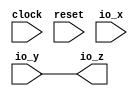

// Generated by Cadence Genus(TM) Synthesis Solution 18.13-s027_1
// Generated on: Apr 20 2022 15:11:25 PDT (Apr 20 2022 22:11:25 UTC)

// Verification Directory fv/Functionality 

module Functionality(clock, reset, io_x, io_y, io_z);
  input clock, reset;
  input [15:0] io_x, io_y;
  output [15:0] io_z;
  wire clock, reset;
  wire [15:0] io_x, io_y;
  wire [15:0] io_z;
  assign io_z[0] = io_y[0];
  assign io_z[1] = io_y[1];
  assign io_z[2] = io_y[2];
  assign io_z[3] = io_y[3];
  assign io_z[4] = io_y[4];
  assign io_z[5] = io_y[5];
  assign io_z[6] = io_y[6];
  assign io_z[7] = io_y[7];
  assign io_z[8] = io_y[8];
  assign io_z[9] = io_y[9];
  assign io_z[10] = io_y[10];
  assign io_z[11] = io_y[11];
  assign io_z[12] = io_y[12];
  assign io_z[13] = io_y[13];
  assign io_z[14] = io_y[14];
  assign io_z[15] = io_y[15];
endmodule